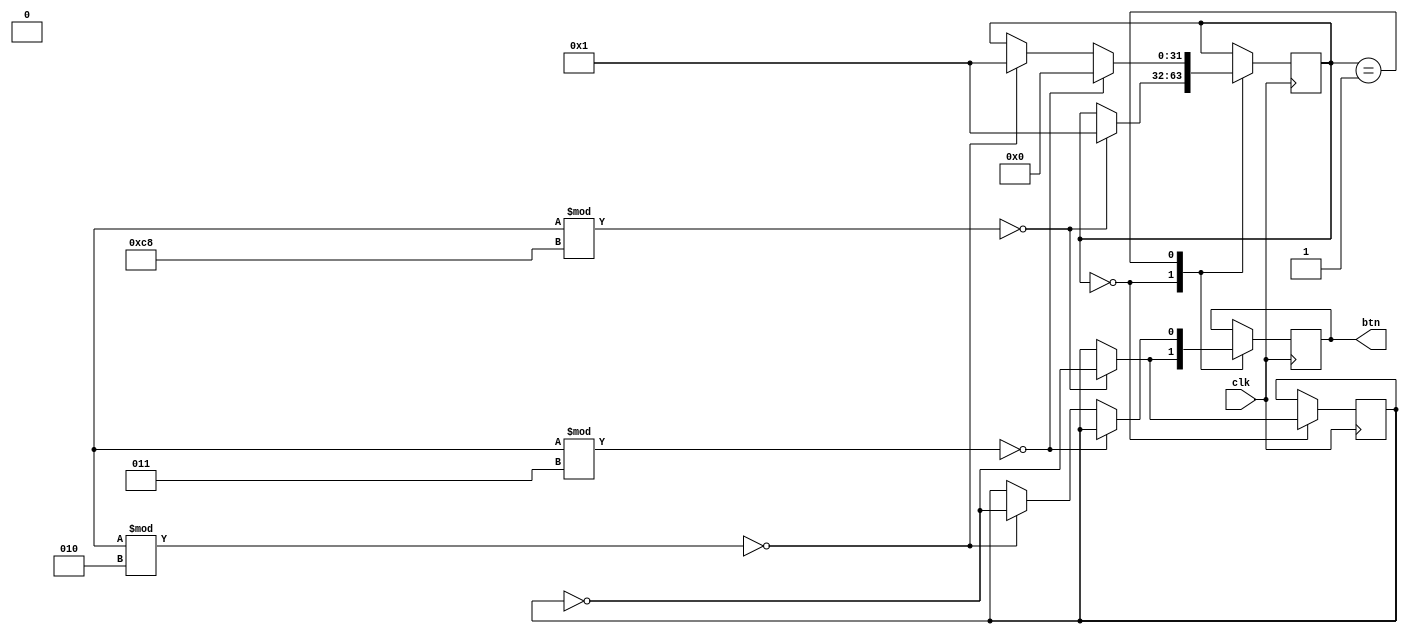
`timescale 1ns/1ps

module buttonEmulator
  #(
    parameter pressPeriod  = 200,
    parameter bouncePeriod = 3
    )
   (
    input      clk,
    output reg btn
    );
   
   integer    randomValue;
   integer    dynamicState;
   reg 	      mechanicalState;
   
   localparam STABLE   = 0;
   localparam BOUNCING = 1;

   initial begin
      dynamicState    = STABLE;
      mechanicalState = 0;
      btn             = 0;
      
      randomValue     = 0;
   end
   
   always @(posedge clk) begin
      randomValue = $random;
      case (dynamicState)
	STABLE: begin
	   if ((randomValue % pressPeriod) == 0) begin
	      mechanicalState <= ~mechanicalState;
	      btn             <= ~mechanicalState;
	      dynamicState    <= BOUNCING;
	      $display("\n\n  --%m: changing button state from %b to %b",
		       mechanicalState,~mechanicalState);
	   end
	   else
	     btn <= mechanicalState;
	end
	BOUNCING: begin
	   if ((randomValue % bouncePeriod) == 0) begin
	      btn          <= mechanicalState;
	      dynamicState <= STABLE;
	   end
	   else if ((randomValue % 2) == 0) begin
	      btn          <= ~mechanicalState;
	      dynamicState <= BOUNCING;	      
	      $display("  --%m: bounce occured");
	   end
	   else 
	      btn <= mechanicalState;
	end
      endcase // case (buttonState)	  
   end
endmodule // buttonEmulator